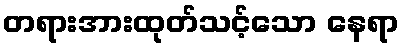
တရားအားထုတ်သင့်သော နေရာ